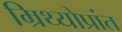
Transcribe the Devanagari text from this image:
म्रिथ्योप्रांत